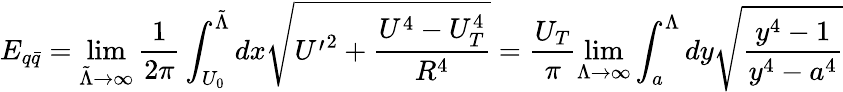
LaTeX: E_{q\bar{q}}=\operatorname*{lim}_{{\tilde{\Lambda}}\rightarrow\infty}\frac{1}{2\pi}\int_{U_{0}}^{{\tilde{\Lambda}}}dx\sqrt{{U^{\prime}}^{2}+\frac{U^{4}-U_{T}^{4}}{R^{4}}}=\frac{U_{T}}{\pi}\operatorname*{lim}_{\Lambda\rightarrow\infty}\int_{a}^{\Lambda}dy\sqrt{\frac{y^{4}-1}{y^{4}-a^{4}}}